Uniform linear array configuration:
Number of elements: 24
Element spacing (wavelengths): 0.75
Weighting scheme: cosine
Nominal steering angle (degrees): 0
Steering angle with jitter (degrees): -1.316
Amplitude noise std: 0.05
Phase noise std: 0.05

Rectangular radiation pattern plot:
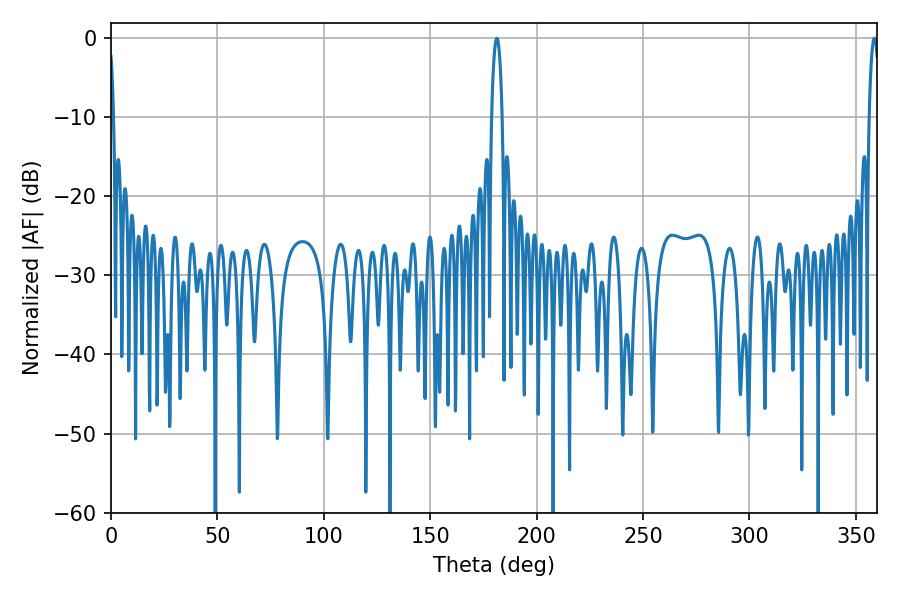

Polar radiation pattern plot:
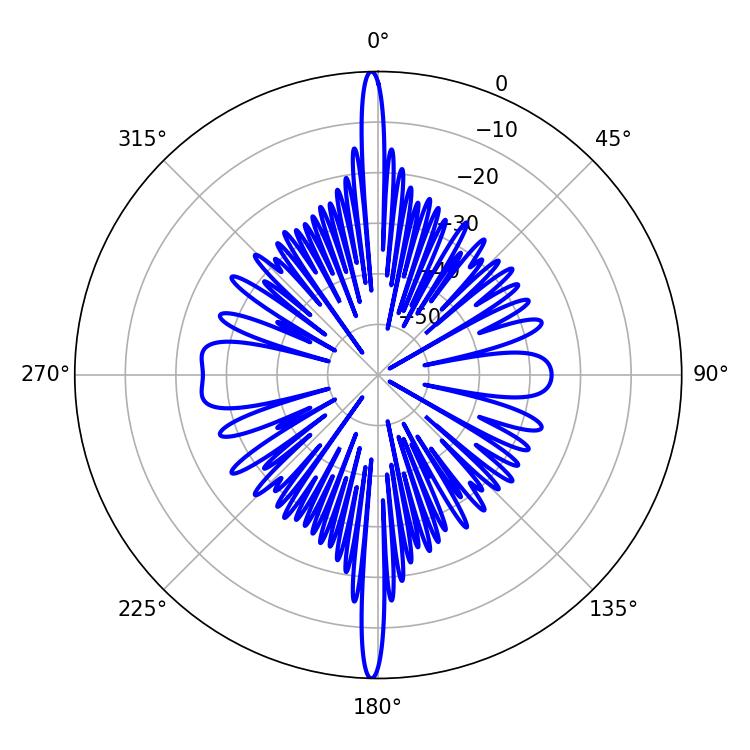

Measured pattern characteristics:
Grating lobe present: TRUE
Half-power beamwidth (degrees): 2.7
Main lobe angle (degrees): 181.26